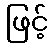
ဖြင့်